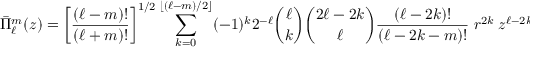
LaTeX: { \bar { \Pi } } _ { \ell } ^ { m } ( z ) = \left[ { \frac { ( \ell - m ) ! } { ( \ell + m ) ! } } \right] ^ { 1 / 2 } \sum _ { k = 0 } ^ { \left\lfloor ( \ell - m ) / 2 \right\rfloor } ( - 1 ) ^ { k } 2 ^ { - \ell } { \binom { \ell } { k } } { \binom { 2 \ell - 2 k } { \ell } } { \frac { ( \ell - 2 k ) ! } { ( \ell - 2 k - m ) ! } } \; r ^ { 2 k } \; z ^ { \ell - 2 k - m } .